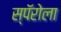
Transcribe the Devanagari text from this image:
स्पॅरोला